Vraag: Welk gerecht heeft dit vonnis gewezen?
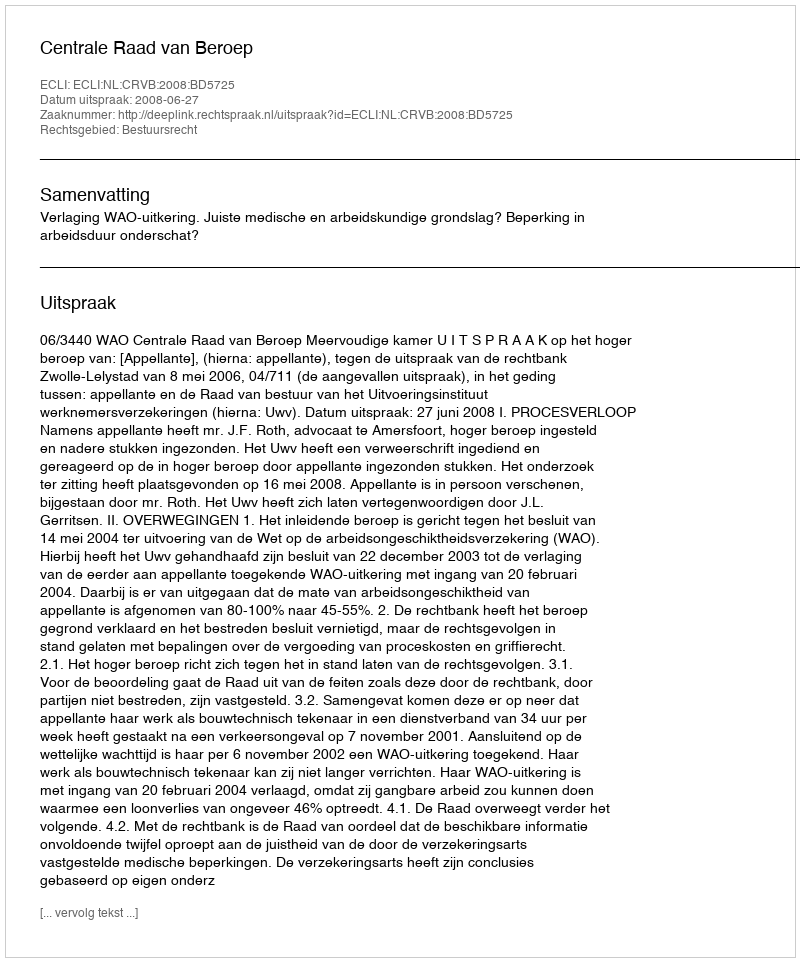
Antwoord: Centrale Raad van Beroep